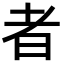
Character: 者